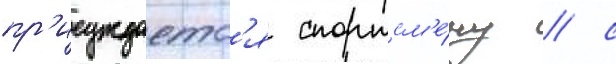
пр'исуждаетс'я спортсм'е́ну / с